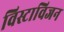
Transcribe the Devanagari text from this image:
विस्टाविजन